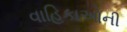
વાહિકાઓની